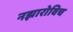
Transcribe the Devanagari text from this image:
नझारोविच